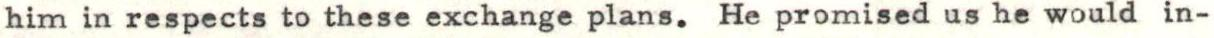
him in respects to these exchange plans. He promised us he would in-